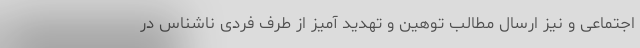
اجتماعی و نیز ارسال مطالب توهین‌ و تهدید آمیز از طرف فردی ناشناس در